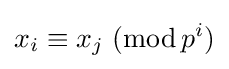
x_{i}\equiv x_{j}~(\operatorname {mod} p^{i})